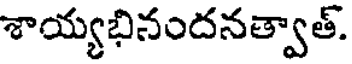
శాయ్యభినందనత్వాత్.